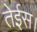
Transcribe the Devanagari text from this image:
तेईस।